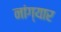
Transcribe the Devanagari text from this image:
नांग्यार